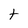
Character: t